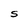
Character: S